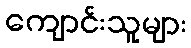
ကျောင်းသူများ